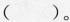
( )。